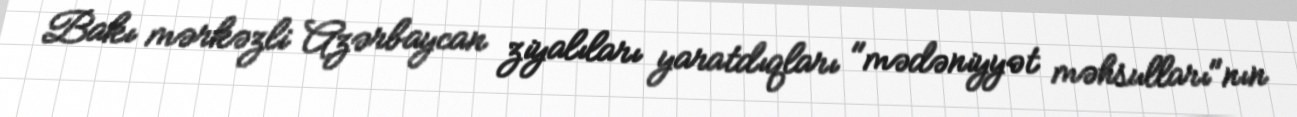
Bakı mərkəzli Azərbaycan ziyalıları yaratdıqları "mədəniyyət məhsulları"nın